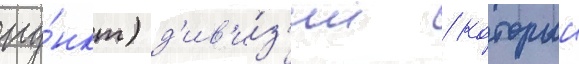
пу́нкт) д'ив'и́з'ии / которыи